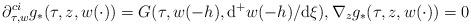
LaTeX: \begin{align*}\partial^{ci}_{\tau,w} g_*(\tau,z,w(\cdot)) = G(\tau,w(-h),\mathrm{d}^+ w(-h) / \mathrm{d} \xi),\nabla_z g_*(\tau,z,w(\cdot)) = 0\end{align*}